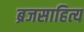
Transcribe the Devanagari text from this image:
ब्रजसाहित्य